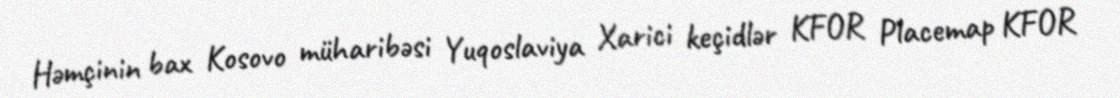
Həmçinin bax Kosovo müharibəsi Yuqoslaviya Xarici keçidlər KFOR Placemap KFOR